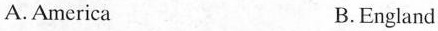
A.America B.England